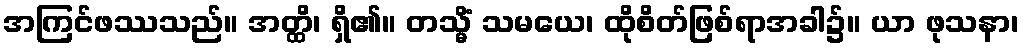
အကြင်ဖဿသည်။ အတ္ထိ၊ ရှိ၏။ တသ္မိံ သမယေ၊ ထိုစိတ်ဖြစ်ရာအခါ၌။ ယာ ဖုသနာ၊